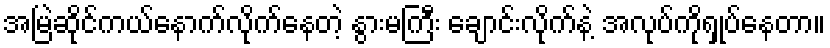
အမြဲဆိုင်ကယ်နောက်လိုက်နေတဲ့ နွားမကြီး ချောင်းလိုက်နဲ့ အလုပ်ကိုရှုပ်နေတာ။